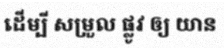
ដើម្បី សម្រួល ផ្លូវ ឲ្យ យាន